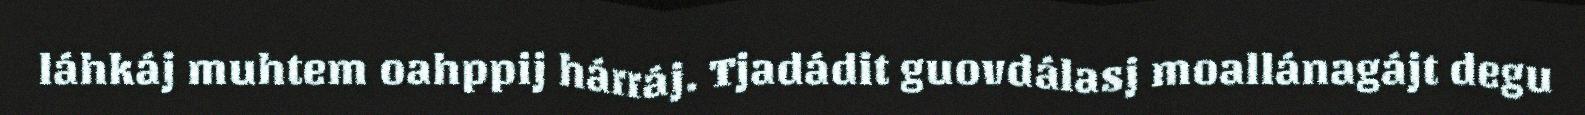
láhkáj muhtem oahppij hárráj. Tjadádit guovdálasj moallánagájt degu